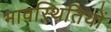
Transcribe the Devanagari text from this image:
भावस्थितियों